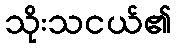
သိုးသငယ်၏